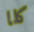
كلا